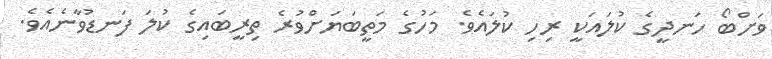
ވަށްބޯ ހަނދީގެ ކުލައަކީ ރިހި ކުލައެވެ. މަހުގެ މަތީބަޔަށްވުރެ ތިރީބައިގެ ކުލަ ފަނޑުވާނެއެވެ.